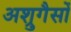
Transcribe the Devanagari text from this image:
अश्रुगैसों